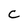
Character: c